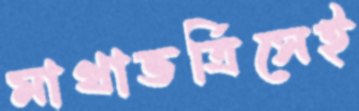
মাথাভর্ত্রিসেই